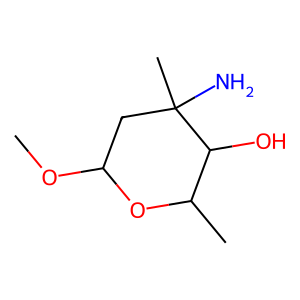
SMILES: COC1CC(C)(N)C(O)C(C)O1
Inhibits HIV replication: No